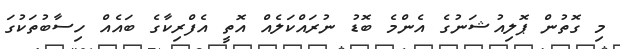
މި ގޮތުން ޕޮލިއުޝަނުގެ އެންމެ ބޮޑު ނުރައްކަލެއް އޮތީ އެފްރިކާގެ ބައެއް ހިސާބުތަކުގަ